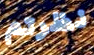
نظرتم